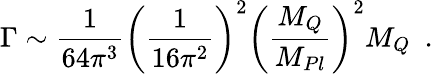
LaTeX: \Gamma\sim\frac{1}{64\pi^{3}}\left(\frac{1}{16\pi^{2}}\right)^{2}\left(\frac{M_{Q}}{M_{Pl}}\right)^{2}M_{Q}\, \, \, .